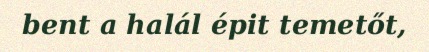
bent a halál épit temetőt,